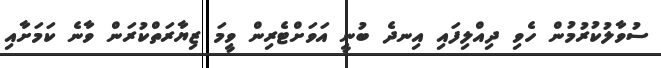
ސުވާލުކުރުމުން ހެވި ދިއްލިފައި އިނދެ ބުނީ އަވަށްޓެރިން ވީމަ ޒިޔާރަތްކުރަން ވާނެ ކަމަށާއި